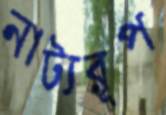
নাট্যরূপ